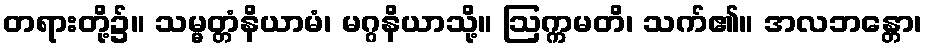
တရားတို့၌။ သမ္မတ္တံနိယာမံ၊ မဂ္ဂနိယာသို့။ ဩက္ကမတိ၊ သက်၏။ အလဘန္တော၊